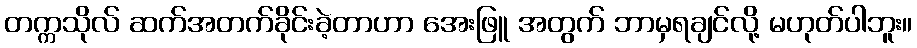
တက္ကသိုလ် ဆက်အတက်ခိုင်းခဲ့တာဟာ အေးဖြူ အတွက် ဘာမှရချင်လို့ မဟုတ်ပါဘူး။